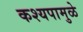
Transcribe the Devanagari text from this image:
कश्यपामुळे